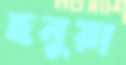
ছনুয়া